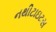
નથીટાઇટસ